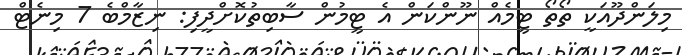
މިލަންދޫއަކީ ތޯތޯ ޓީމެއް ނޫންކަން އެ ޓީމުން ސާބިތުކޮށްދީފި: ނިޒާމްބެ 7 މިނެޓް